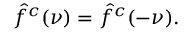
{ \hat { f } } ^ { c } ( \nu ) = { \hat { f } } ^ { c } ( - \nu ) .